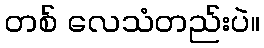
တစ် လေသံတည်းပဲ။